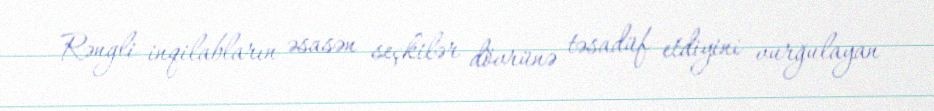
Rəngli inqilabların əsasən seçkilər dövrünə təsadüf etdiyini vurğulayan